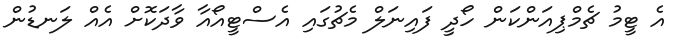
އެ ޓީމު ޗެމްޕިއަންކަން ހޯދީ ފައިނަލް މެޗުގައި އެސްޓީއޯއާ ވާދަކޮށް އެއް ލަނޑުން